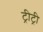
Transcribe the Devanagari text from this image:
ट्रीट्री